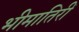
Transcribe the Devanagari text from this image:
भीमातिरीं